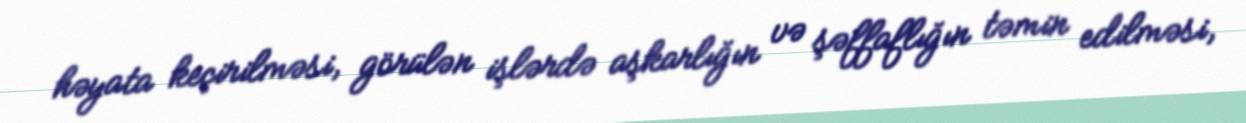
həyata keçirilməsi, görülən işlərdə aşkarlığın və şəffaflığın təmin edilməsi,